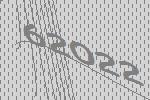
62022